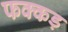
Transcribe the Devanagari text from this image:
फक्‍कड़